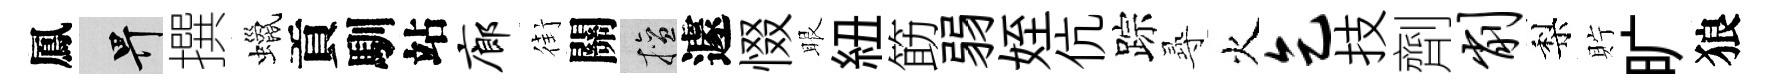
鳳畀撰蠟貢馴站廊街關擅遽惙眼紐筯弱姪伉踪𡬶火乞技劑削梨貯旷狼